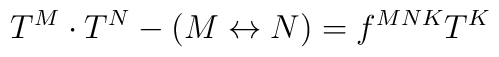
T^{M} \cdot T^{N} - (M \leftrightarrow N) = f^{MNK} T^{K}